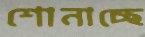
শোনাচ্ছে